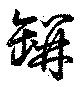
缾